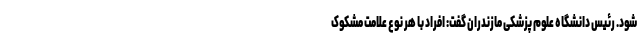
شود. رئیس دانشگاه علوم پزشکی مازندران گفت: افراد با هر نوع علامت مشکوک